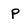
Character: p